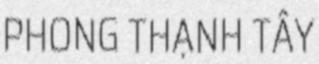
PHONG THẠNH TÂY